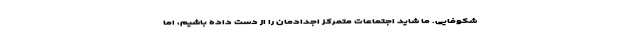
شکوفایی. ما شاید اجتماعات متمرکز اجدادمان را از دست داده باشیم، اما